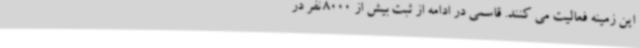
این زمینه فعالیت می کنند. قاسمی در ادامه از ثبت بیش از 8000 نفر در